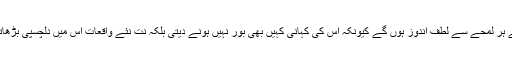
آپ اس فلم کے ہر لمحے سے لطف اندوز ہوں گے کیونکہ اس کی کہانی کہیں بھی بور نہیں ہونے دیتی بلکہ نت نئے واقعات اس میں دلچسپی بڑھاتے رہتے ہیں۔